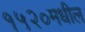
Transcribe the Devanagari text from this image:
१५२०मधील